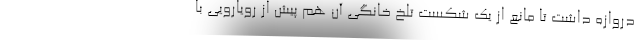
دروازه داشت تا مانع از یک شکست تلخ خانگی آن هم پیش از رویارویی با